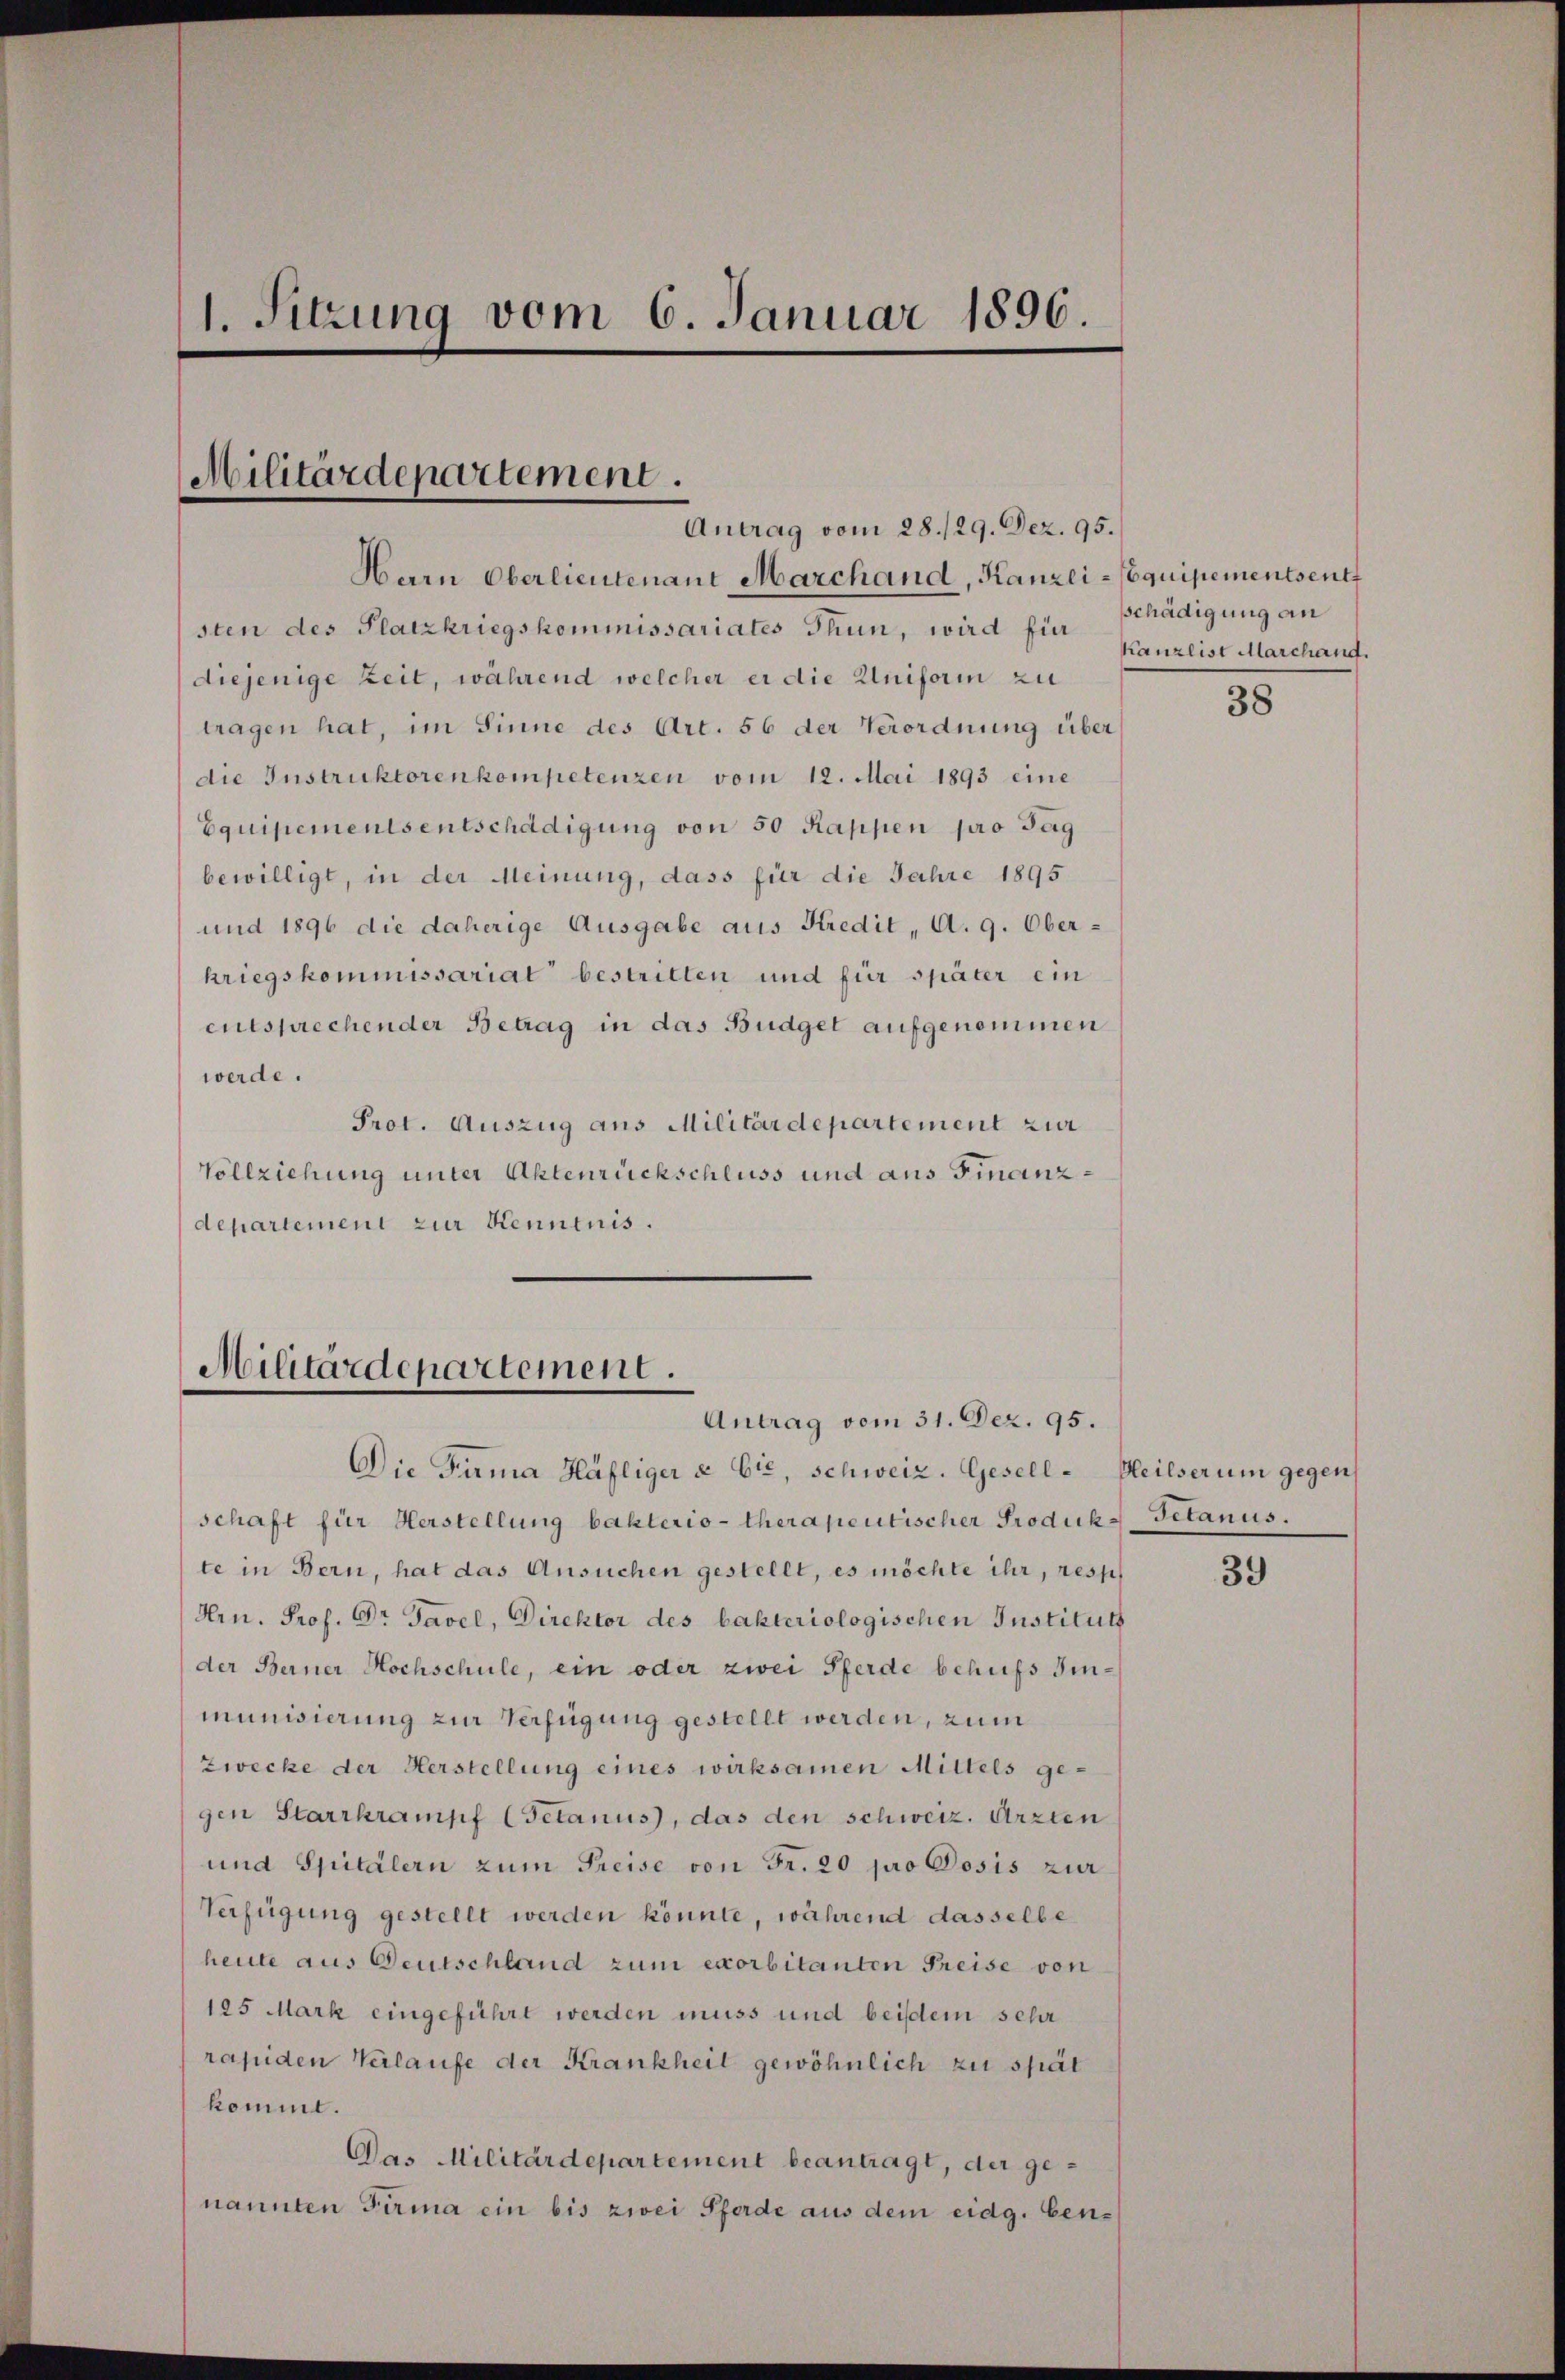
1. Sitzung vom 6. Januar 1896.

Militärdepartement.
Antrag vom 28./29. Dez. 95.

Militärdepartement.
Antrag vom 31. Dez. 95.

Harn Oberlieutenant Marchand, Kanzli-Equipementsent
sten des Platzkriegskommissariates Thun, wird für Schädigung an
diejenige Zeit, während welcher er die Uniforin zu
tragen hat, im Sinne des Art. 56 der Verordnung über
die Instruktorenkompetenzen vom 12. Mai 1893 eine
Equipementsentschädigung von 50 Kappen pro Tag
bewilligt, in der Meinung, dass für die Jahre 1895
und 1896 die daherige Ausgabe aus Kredit, A. 9. Oberkriegskommissariat bestritten und für später ein
entsprechender Betrag in das Budget aufgenommen
werde.
Prot. Auszug aus Militärdepartement zur
Vollziehung unter Aktenrückschluss und aus Finanzdepartement zur Kenntnis.

Die Firma Häfliger & Cie, Schweiz. Gesell-Heilser um gegens

schaft für Herstellung bakterio-therapentischer Produk-Tetanus.
te in Bern, hat das Ansuchen gestellt, es möchte ihr, resp
Hrn. Prof. Dr. Tavel, Direktor des bakteriologischen Instituts
der Berner Hochschule, ein oder zwei Pferde behufs Iinmunisierung zur Verfügung gestellt werden, zum
Zwecke der Herstellung eines wirksamen Mittels ge-
gen Starrkrampf (Getanus, das den schweiz. Arzten
und Spitälern zum Preise von Fr. 20 pro Dosis zur
Verfügung gestellt werden könnte, während dasselbe
heute aus Deutschland zum exorbitanten Preise von
125 Mark eingeführt werden muss und beisein sehr
rapiden Verlaufe der Krankheit gewöhnlich zu spät
kommt.
Das Militärdepartement beantragt, der genannten Firma ein bis zwei Pferde aus dem eidg. ben¬

Kanzlist Marchand.

38

39